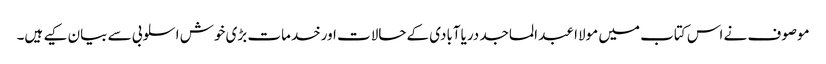
موصوف نے اس کتاب میں مولاا عبد الماجد دریاآبادی کےحالات اورخدمات بڑی خوش اسلوبی سے بیان کیے ہیں۔